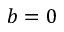
b = 0